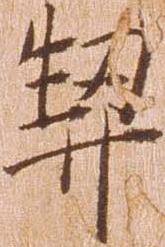
契